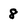
Character: 8